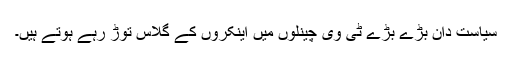
سیاست دان بڑے بڑے ٹی وی چینلوں میں اینکروں کے گلاس توڑ رہے ہوتے ہیں۔